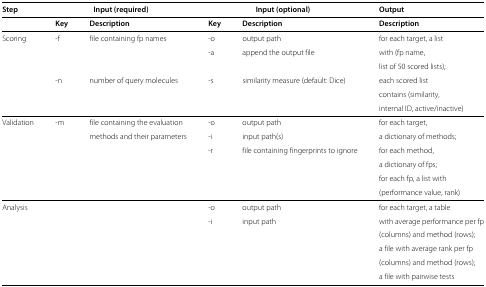
<table><thead><tr><td><b>Step</b></td><td colspan="2"><b>Input (required)</b></td><td colspan="2"><b>Input (optional)</b></td><td><b>Output</b></td></tr></thead><tbody><tr><td> </td><td><b>Key</b></td><td><b>Description</b></td><td><b>Key</b></td><td><b>Description</b></td><td><b>Description</b></td></tr><tr><td>Scoring</td><td>-f</td><td>file containing fp names</td><td>-o</td><td>output path</td><td>for each target, a list</td></tr><tr><td> </td><td> </td><td> </td><td>-a</td><td>append the output file</td><td>with (fp name,</td></tr><tr><td> </td><td> </td><td> </td><td> </td><td> </td><td>list of 50 scored lists);</td></tr><tr><td> </td><td>-n</td><td>number of query molecules</td><td>-s</td><td>similarity measure (default: Dice)</td><td>each scored list</td></tr><tr><td> </td><td> </td><td> </td><td> </td><td> </td><td>contains (similarity,</td></tr><tr><td> </td><td> </td><td> </td><td> </td><td> </td><td>internal ID, active/inactive)</td></tr><tr><td>Validation</td><td>-m</td><td>file containing the evaluation</td><td>-o</td><td>output path</td><td>for each target,</td></tr><tr><td> </td><td> </td><td>methods and their parameters</td><td>-i</td><td>input path(s)</td><td>a dictionary of methods;</td></tr><tr><td> </td><td> </td><td> </td><td>-r</td><td>file containing fingerprints to ignore</td><td>for each method,</td></tr><tr><td> </td><td> </td><td> </td><td> </td><td> </td><td>a dictionary of fps;</td></tr><tr><td> </td><td> </td><td> </td><td> </td><td> </td><td>for each fp, a list with</td></tr><tr><td> </td><td> </td><td> </td><td> </td><td> </td><td>(performance value, rank)</td></tr><tr><td>Analysis</td><td> </td><td> </td><td>-o</td><td>output path</td><td>for each target, a table</td></tr><tr><td> </td><td> </td><td> </td><td>-i</td><td>input path</td><td>with average performance per fp</td></tr><tr><td> </td><td> </td><td> </td><td> </td><td> </td><td>(columns) and method (rows);</td></tr><tr><td> </td><td> </td><td> </td><td> </td><td> </td><td>a file with average rank per fp</td></tr><tr><td> </td><td> </td><td> </td><td> </td><td> </td><td>(columns) and method (rows);</td></tr><tr><td> </td><td> </td><td> </td><td> </td><td> </td><td>a file with pairwise tests</td></tr></tbody></table>